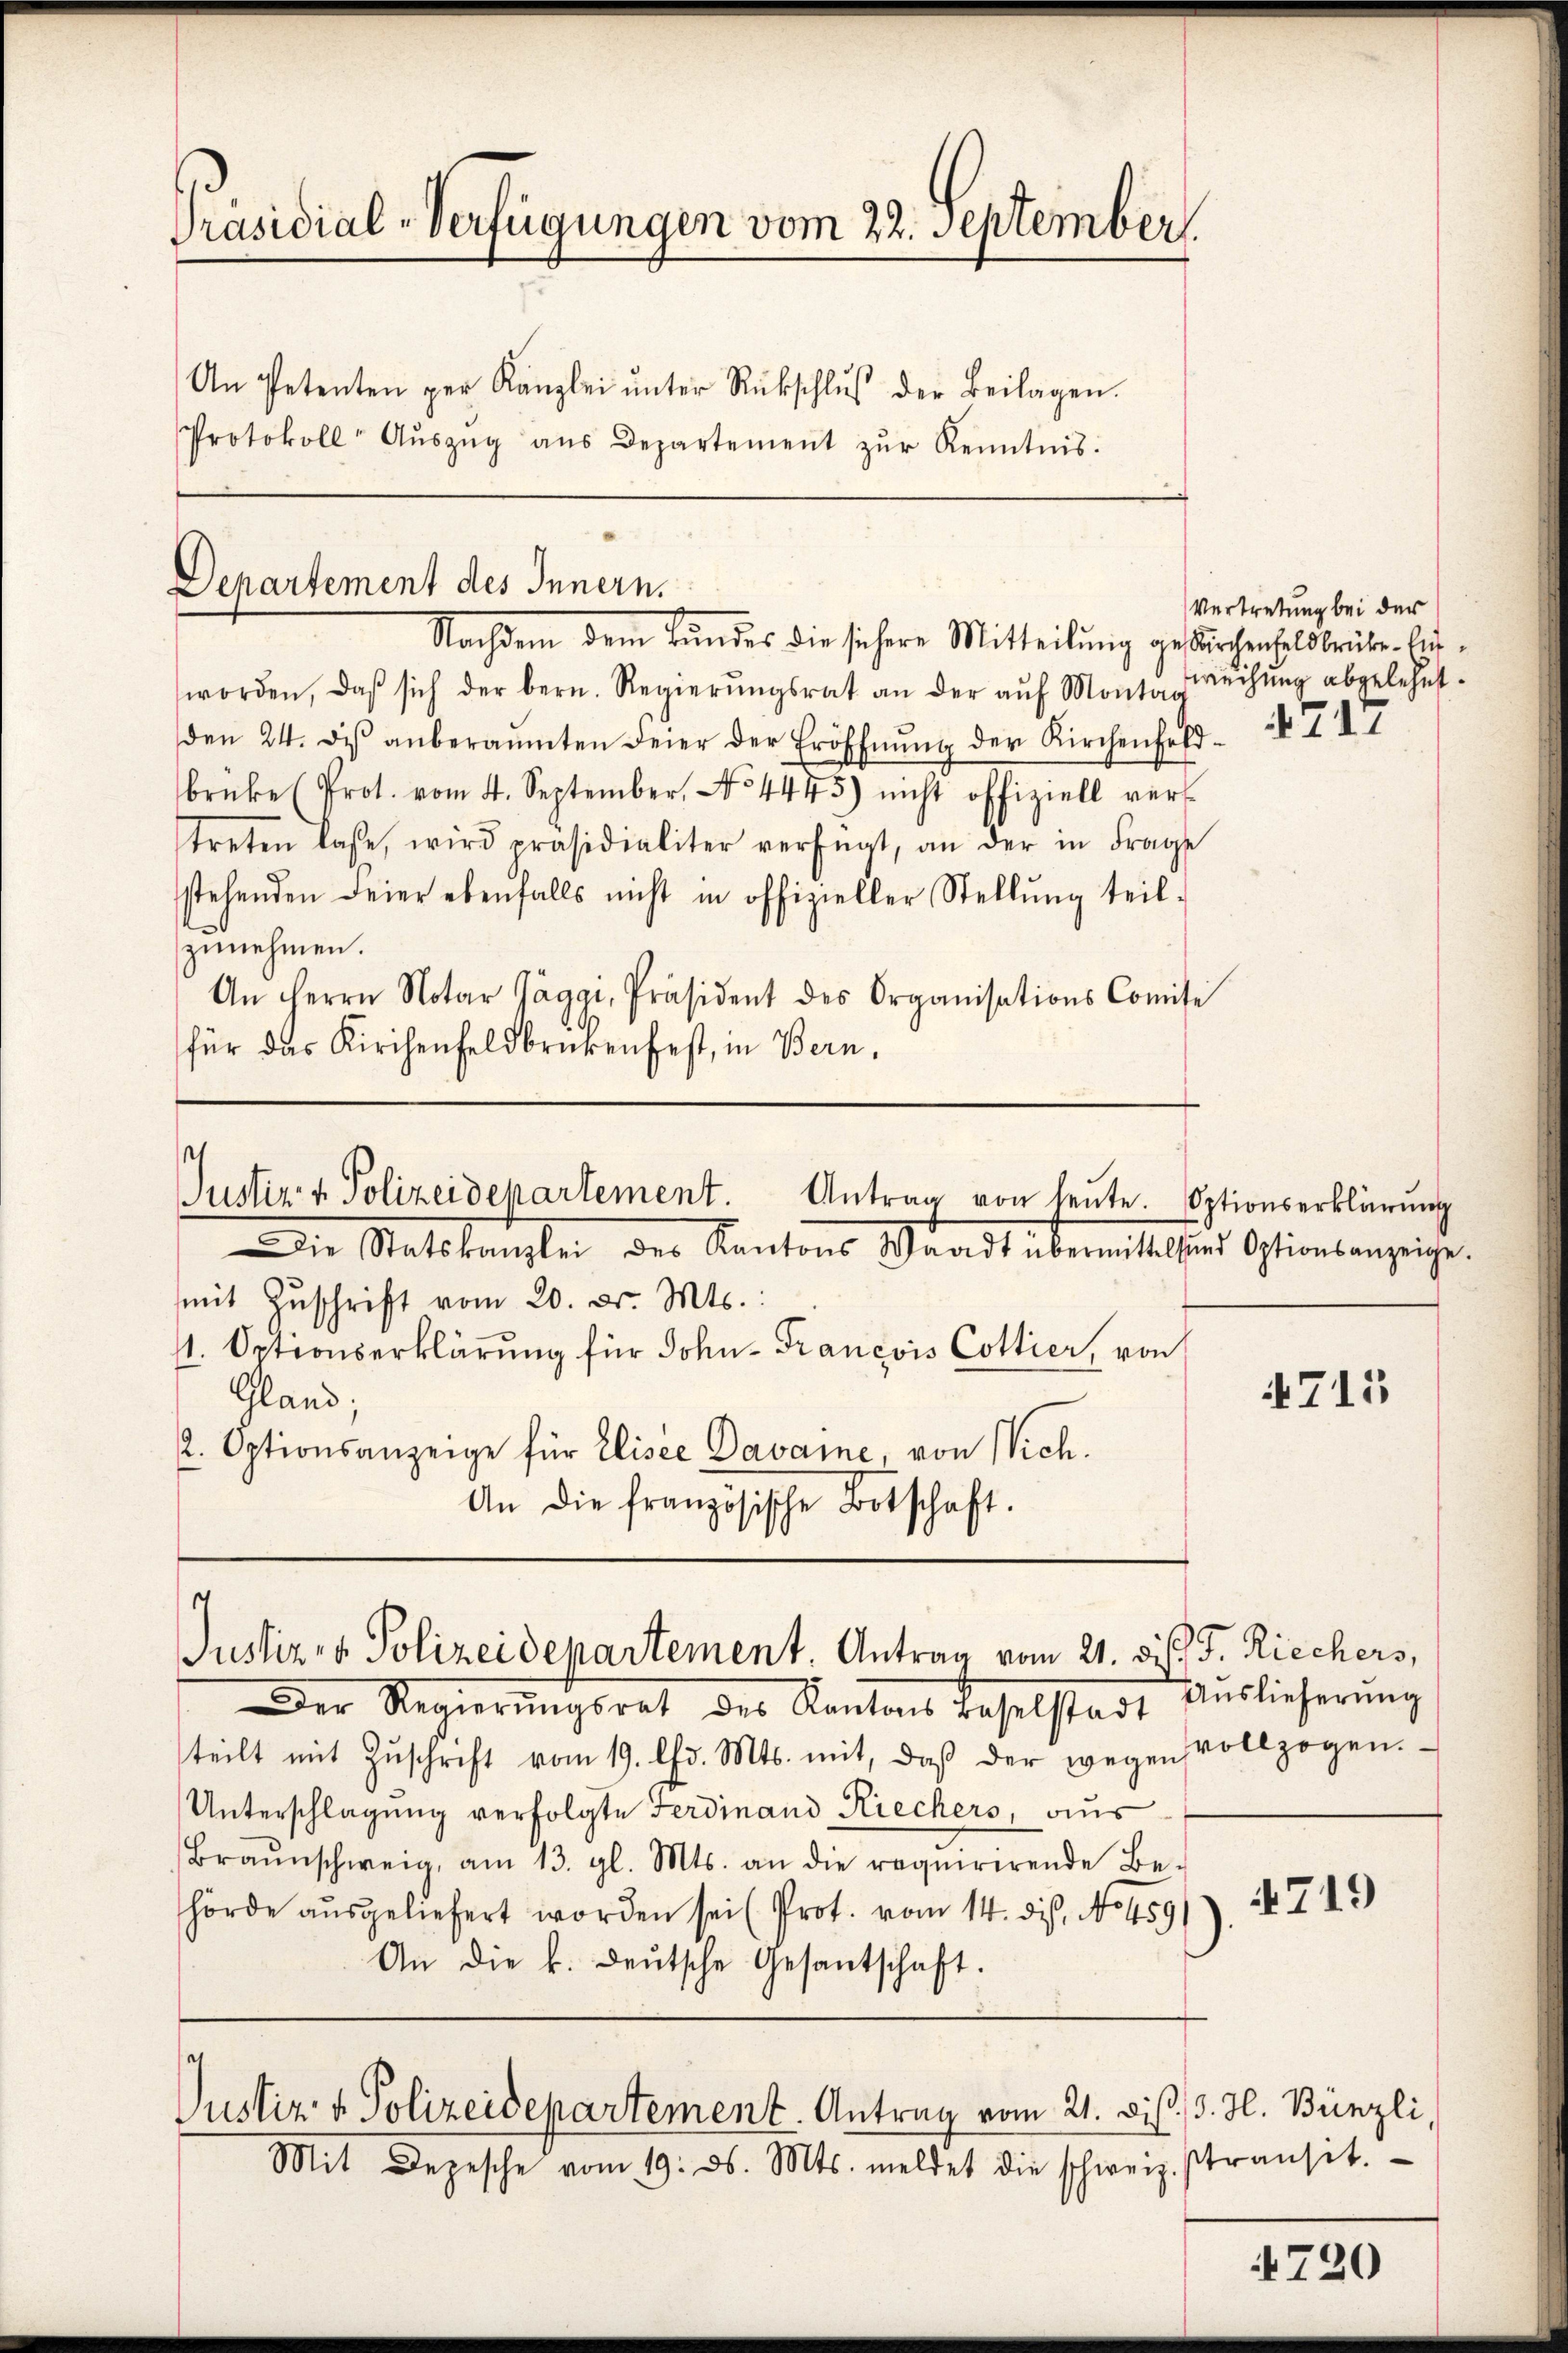
Präsidial-Verfügungen vom 22. September

An Petenten per Kanzlei ŭnter Rückschlŭβ der Beilagen.
Protokoll- Aŭszŭg aŭs Departement zŭr Kenntnis.

worden, daβ sich der bern. Regierŭngsrat an der aŭf Mont rechŭng abgelehnt.
den 24. di anberaumten Feier der Eröffnŭng der Kirchenfeld-
brüke (Prot. vom 4. September, No 4475) nicht offiziell vers
treten laße, wird präsidialiter verfügt, an der in Frage
stehenden Feier ebenfalls nicht in offizieller Stellŭng teil-
zunehmen.
An Herrn Notar Taggi, Präsident des Organisations Comisi
für das Kirchenfeldbrückenfest, in Bern,

Departement des Innern.

Nachdem dem Bŭndes die sichere Mitteilŭng gefürchenholdbriebe. Ein-

s
Justiz & Polizeidepartement. Antrag von heŭte. Optionserklärŭng
Die Statskanzlei der Kantons Waadt übermittel und Optionsanzeige.

mmit Zŭschrift vom 20. d. Mts.:
11. Optionserklärung für John-Francois Cottier, von
Gland;
2. Optionsanzeige für Elisée Davame, von Nich.
An die französische Botschaft.

Der Regierungsrat des Kantons Baselstadt Auslieferung
teilt mit Zŭschrift vom 19. Chr. Mts. mit, daβ der wegen vollzogen.
Unterschlagung verfolgte Ferdinand Riechers, aus
Braŭnschweig, am 13. gl. Mts. an die requirirende Be-
hörde ausgeliefert worden sei (Prot. vom 14. ds. No 459. 719
An die k. deŭtsche Gesantschaft.

.
Justiz- & Polizeidepartement. Antrag vom 21. d. J. Riechers,

Mit Depesche vom 19. d. Mts. meldet die schweiz.

Justiz & Polizeidepartement. Antrag vom 21. Dis. 3. H. Bünzli,

Vertretung bei der

717

4713

stransit.

4720